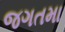
જગતમા